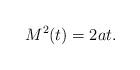
LaTeX: \begin{align*}M^2(t)=2a t.\end{align*}